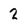
Character: 2